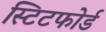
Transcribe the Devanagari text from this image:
स्टिटफोर्ड